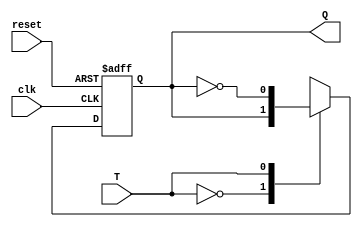
module T_FF(Q,T,clk,reset);
output Q;
input T,clk,reset;
reg Q;
always @(posedge clk or posedge reset)
begin
if(reset)
Q<=1'b0;
else begin
case(T)
1'b0:Q<=Q;
1'b1:Q<=~Q;
endcase
end
end
endmodule